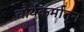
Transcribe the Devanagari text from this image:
चौर्यकर्मातून